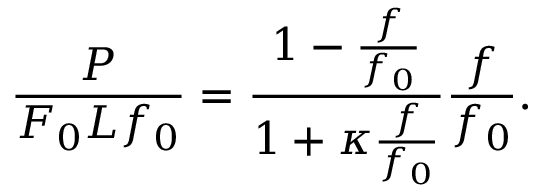
\frac { P } { F _ { 0 } L f _ { 0 } } = \frac { 1 - \frac { f } { f _ { 0 } } } { 1 + \kappa \frac { f } { f _ { 0 } } } \frac { f } { f _ { 0 } } .